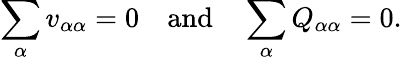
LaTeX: \sum_{\alpha}v_{\alpha\alpha}=0\quad{\mathrm{and}}\quad\sum_{\alpha}Q_{\alpha\alpha}=0.